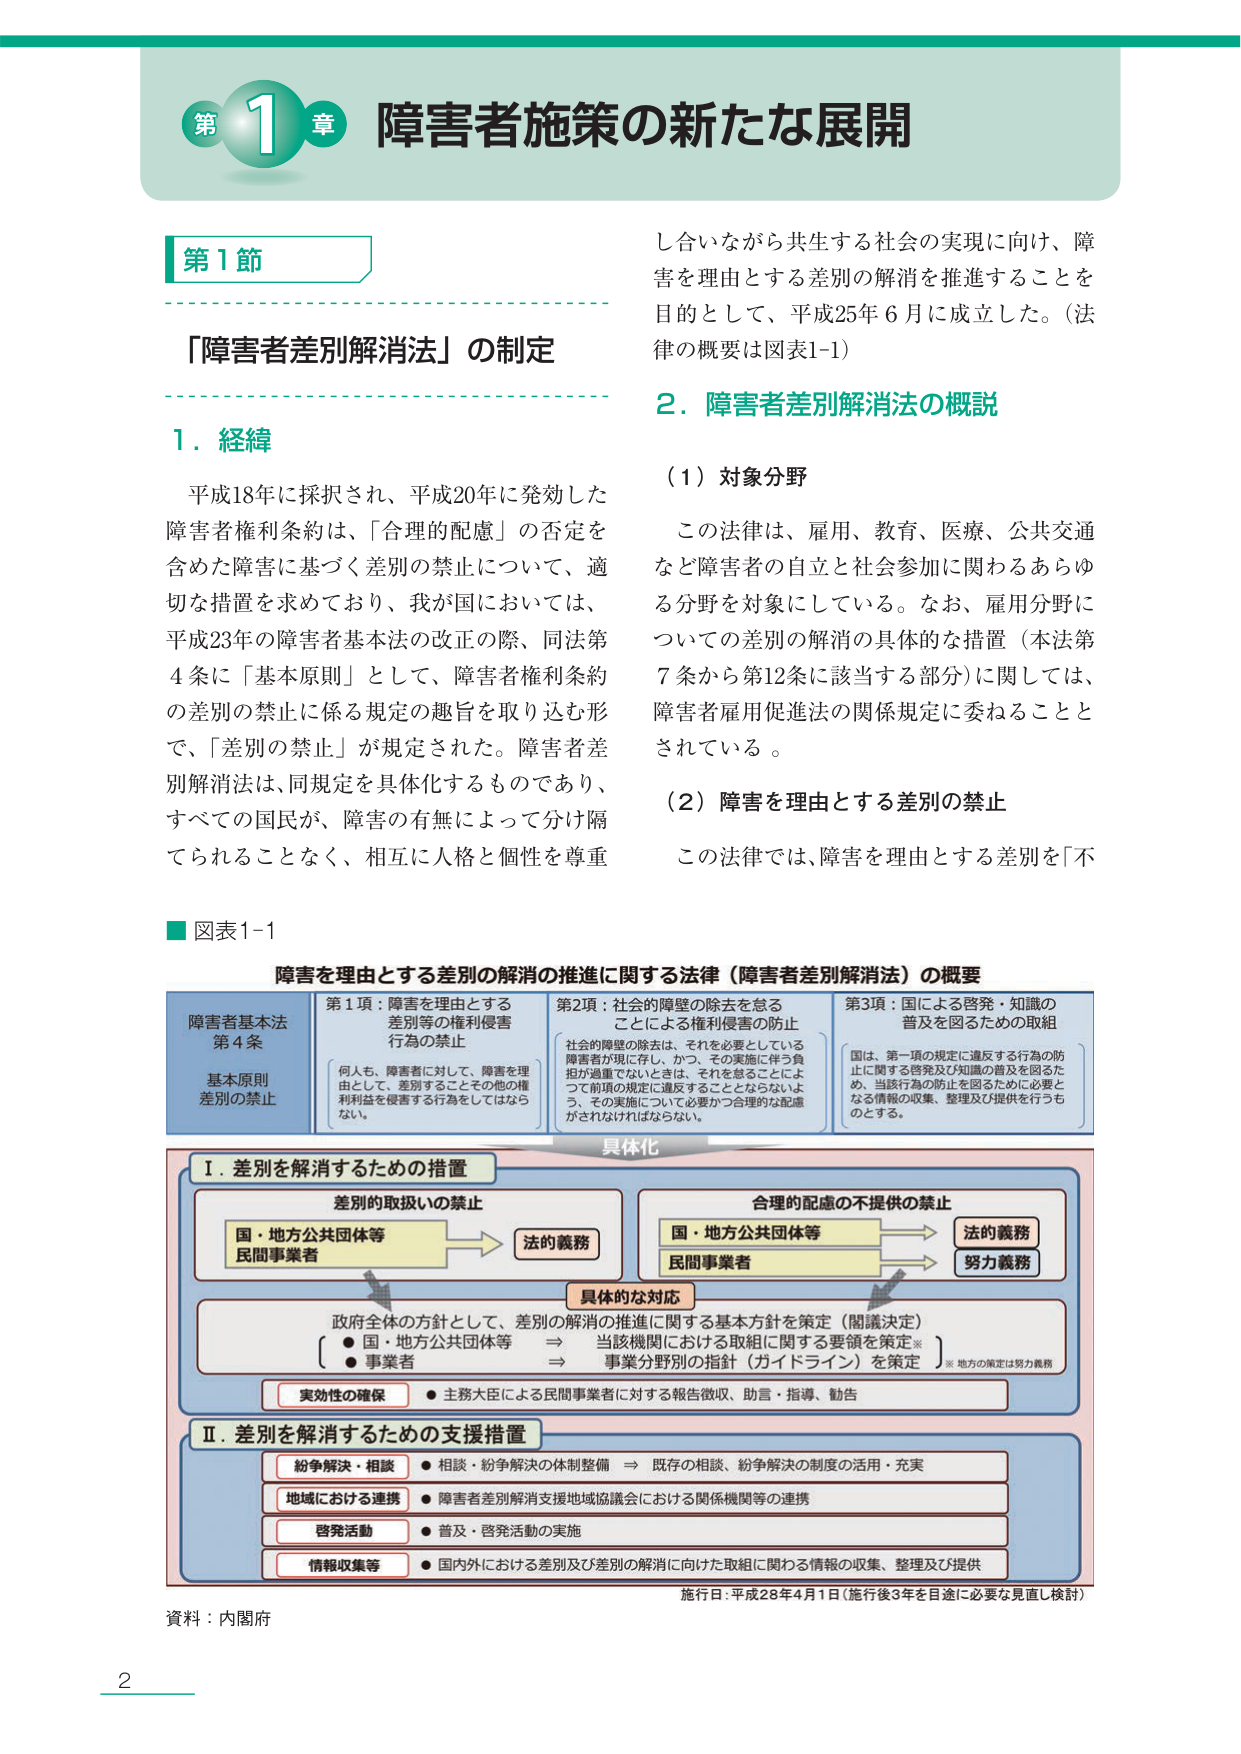
第1章 障害者施策の新たな展開

第1節

「障害者差別解消法」の制定

1．経緯

平成18年に採択され、平成20年に発効した障害者権利条約は、「合理的配慮」の否定を含めた障害に基づく差別の禁止について、適切な措置を求めており、我が国においては、平成23年の障害者基本法の改正の際、同法第4条に「基本原則」として、障害者権利条約の差別の禁止に係る規定の趣旨を取り込む形で、「差別の禁止」が規定された。障害者差別解消法は、同規定を具体化するものであり、すべての国民が、障害の有無によって分け隔てられることなく、相互に人格と個性を尊重

し合いながら共生する社会の実現に向け、障害を理由とする差別の解消を推進することを目的として、平成25年6月に成立した。（法律の概要は図表1-1）

2．障害者差別解消法の概説

（1）対象分野

この法律は、雇用、教育、医療、公共交通など障害者の自立と社会参加に関わるあらゆる分野を対象としている。なお、雇用分野についての差別の解消の具体的な措置（本法第7条から第12条に該当する部分）に関しては、障害者雇用促進法の関係規定に委ねることとされている。

（2）障害を理由とする差別の禁止

この法律では、障害を理由とする差別を「不

■図表1-1

障害を理由とする差別の解消の推進に関する法律（障害者差別解消法）の概要

障害者基本法
第4条
基本原則
差別の禁止

第1項：障害を理由とする差別等の権利侵害行為の禁止
　何人も、障害者に対して、障害を理由として、差別することその他の権利利益を侵害する行為をしてはならない。

第2項：社会的障壁の除去を怠ることによる権利侵害の防止
　社会的障壁の除去は、それを必要としている障害者が現に存在し、かつ、その実施に伴う負担が過重でないときは、それを怠ることによって前項の規定に違反することとなりないよう、その実施について必要かつ合理的な配慮がされなければならない。

第3項：国による啓発・知識の普及を図るための取組
　国は、第一項の規定に違反する行為の防止に関する啓発及び知識の普及を図るため、当該行為の防止を図るために必要となる情報の収集、整理及び提供を行うものとする。

具体化

Ⅰ．差別を解消するための措置

　差別的取扱いの禁止
　　国・地方公共団体等
　　民間事業者
　　　→ 法的義務

　合理的配慮の不提供の禁止
　　国・地方公共団体等
　　民間事業者
　　　→ 法的義務
　　　→ 努力義務

　具体的な対応
　　政府全体の方針として、差別の解消の推進に関する基本方針を策定（閣議決定）
　　　● 国・地方公共団体等　⇒ 当該機関における取組に関する要領を策定※
　　　● 事業者　　　　　　⇒ 事業分野別の指針（ガイドライン）を策定
　　※ 地方の策定は努力義務

　実効性の確保
　　● 主務大臣による民間事業者に対する報告徴収、助言・指導・勧告

Ⅱ．差別を解消するための支援措置

　紛争解決・相談
　　● 相談・紛争解決の体制整備　⇒ 既存の相談、紛争解決の制度の活用・充実

　地域における連携
　　● 障害者差別解消支援地域協議会における関係機関等の連携

　啓発活動
　　● 普及・啓発活動の実施

　情報収集等
　　● 国内外における差別及び差別の解消に向けた取組に関わる情報の収集、整理及び提供

施行日：平成28年4月1日（施行後3年を目途に必要な見直し検討）

資料：内閣府

2